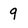
Character: 9